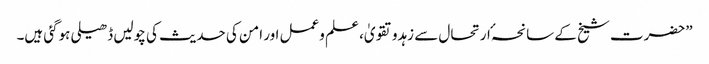
”حضرت شیخ کے سانحہٴ ارتحال سے زہدوتقویٰ، علم وعمل اور امن کی حدیث کی چولیں ڈھیلی ہوگئی ہیں۔